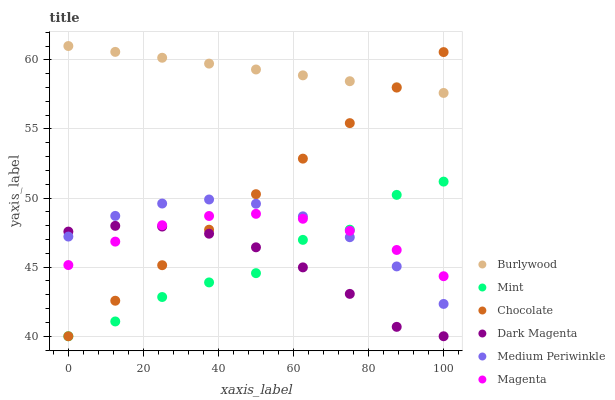
| xaxis_label | Burlywood | Mint | Chocolate | Dark Magenta | Medium Periwinkle | Magenta |
 | --- | --- | --- | --- | --- | --- | --- |
 | 0 | 61 | 40 | 40 | 47.6 | 47.2 | 45.2 |
 | 12.5 | 60.6 | 41.1 | 42.6 | 48 | 48.7 | 46.8 |
 | 25 | 60.2 | 42.8 | 45.1 | 47.9 | 49.6 | 48 |
 | 37.5 | 59.7 | 43.9 | 47.7 | 47.4 | 49.9 | 48.7 |
 | 50 | 59.3 | 44.6 | 50.3 | 46.4 | 49.6 | 48.9 |
 | 62.5 | 58.9 | 47 | 52.9 | 45 | 48.7 | 48.5 |
 | 75 | 58.5 | 47.7 | 55.4 | 43.1 | 47.2 | 47.6 |
 | 87.5 | 58 | 50.2 | 58 | 40.7 | 45.1 | 46.2 |
 | 100 | 57.6 | 51.2 | 60.6 | 40 | 42.3 | 44.3 |